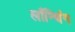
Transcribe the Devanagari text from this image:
लाँन्चिंग